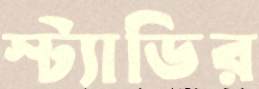
স্ট্যাডির